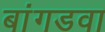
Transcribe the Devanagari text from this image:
बांगडवा